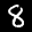
Label: 8